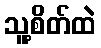
သူ့စိတ်ထဲ